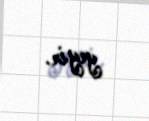
yeyir.